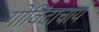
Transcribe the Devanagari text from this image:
गोविंदाचार्य